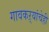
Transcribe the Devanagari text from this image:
गावकऱ्यांचेही